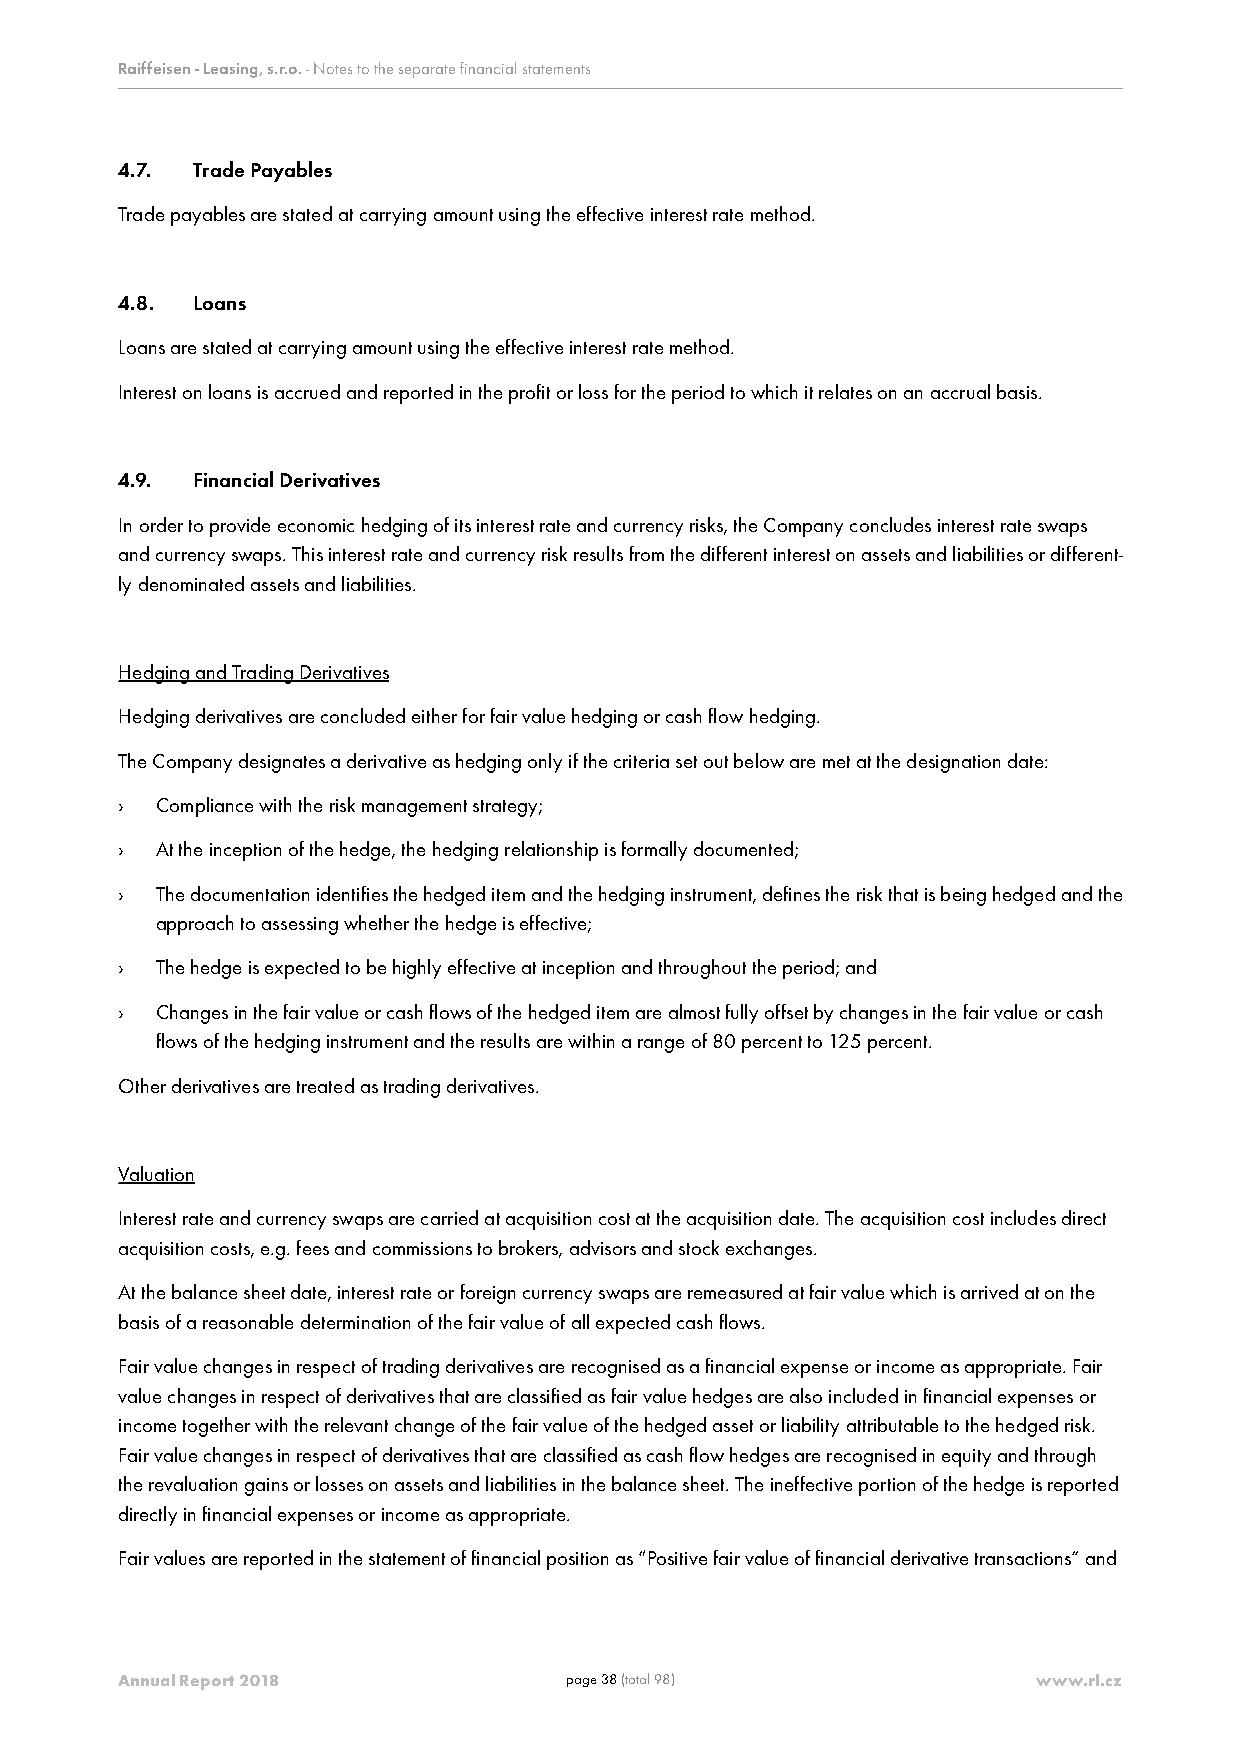
Raiffeisen - Leasing, s.r.o. - Notes to the separate financial statements
 4.7. Trade Payables
 Trade payables are stated at carrying amount using the effective interest rate method.
 4.8. Loans
 Loans are stated at carrying amount using the effective interest rate method.
 Interest on loans is accrued and reported in the profit or loss for the period to which it relates on an accrual basis.
 4.9. Financial Derivatives
 In order to provide economic hedging of its interest rate and currency risks, the Company concludes interest rate swaps
 and currency swaps. This interest rate and currency risk results from the different interest on assets and liabilities or different-
 ly denominated assets and liabilities.
 Hedging and Trading Derivatives
 Hedging derivatives are concluded either for fair value hedging or cash flow hedging.
 The Company designates a derivative as hedging only if the criteria set out below are met at the designation date:
 › Compliance with the risk management strategy;
 › At the inception of the hedge, the hedging relationship is formally documented;
 › The documentation identifies the hedged item and the hedging instrument, defines the risk that is being hedged and the
 approach to assessing whether the hedge is effective;
 › The hedge is expected to be highly effective at inception and throughout the period; and
 › Changes in the fair value or cash flows of the hedged item are almost fully offset by changes in the fair value or cash
 flows of the hedging instrument and the results are within a range of 80 percent to 125 percent.
 Other derivatives are treated as trading derivatives.
 Valuation
 Interest rate and currency swaps are carried at acquisition cost at the acquisition date. The acquisition cost includes direct
 acquisition costs, e.g. fees and commissions to brokers, advisors and stock exchanges.
 At the balance sheet date, interest rate or foreign currency swaps are remeasured at fair value which is arrived at on the
 basis of a reasonable determination of the fair value of all expected cash flows.
 Fair value changes in respect of trading derivatives are recognised as a financial expense or income as appropriate. Fair
 value changes in respect of derivatives that are classified as fair value hedges are also included in financial expenses or
 income together with the relevant change of the fair value of the hedged asset or liability attributable to the hedged risk.
 Fair value changes in respect of derivatives that are classified as cash flow hedges are recognised in equity and through
 the revaluation gains or losses on assets and liabilities in the balance sheet. The ineffective portion of the hedge is reported
 directly in financial expenses or income as appropriate.
 Fair values are reported in the statement of financial position as “Positive fair value of financial derivative transactions” and
 Annual Report 2018           page 38 (total 98)              www.rl.cz